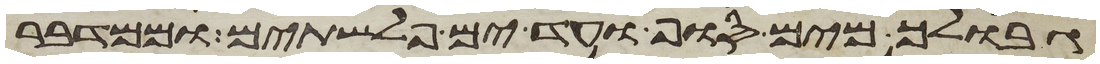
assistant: גבולך מים סוף ועד ים פלשתים וממדבר